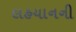
લહયાનની